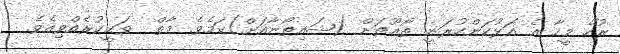
ރުހޭ މީހާ އެ އަޅުކަންކުރަނީ ޠޯޣޫތަށް (ޝައިޠޯނާއަށް)ކަމެވެ. މާތް  ވަޙީކުރެއްވިއެވެ.